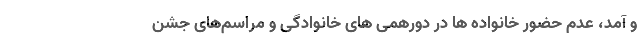
و آمد، عدم حضور خانواده ها در دورهمی های خانوادگی و مراسم‌های جشن